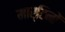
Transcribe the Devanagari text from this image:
मार्टिनों